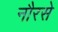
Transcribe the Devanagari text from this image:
नौरसे